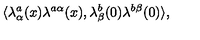
\langle \lambda _ { \alpha } ^ { a } ( x ) \lambda ^ { a \alpha } ( x ) , \lambda _ { \beta } ^ { b } ( 0 ) \lambda ^ { b \beta } ( 0 ) \rangle ,